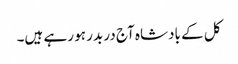
کل کے بادشاہ آج در بدر ہو رہے ہیں۔